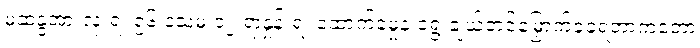
မဲဆန္ဒအားလုံးရဲ့ ၅၆ ဒသမ ၁၂ ရာနှုန်းရဲ့ ထောက်ခံမှုနဲ့ ရွေးချယ်တင်မြှောက်ခံခဲ့ရတာကတော့